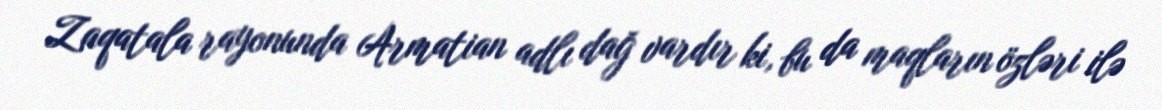
Zaqatala rayonunda Armatian adlı dağ vardır ki, bu da maqların özləri ilə